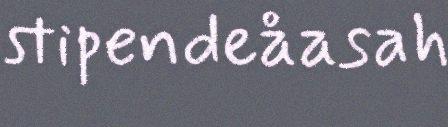
stipendeåasah